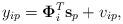
LaTeX: \begin{align*}y_{ip} = \boldsymbol \Phi_i^T \mathbf{s}_p + v_{ip},\end{align*}